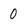
Character: 0